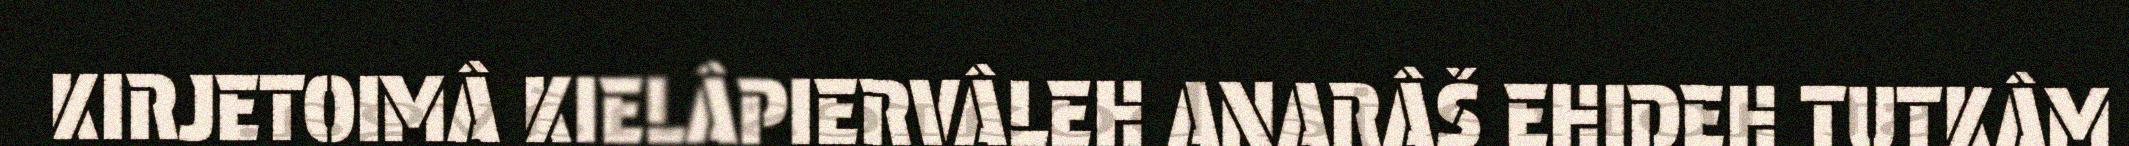
KIRJETOIMÂ KIELÂPIERVÂLEH ANARÂŠ EHIDEH TUTKÂM